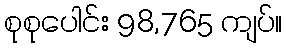
စုစုပေါင်း 98,765 ကျပ်။